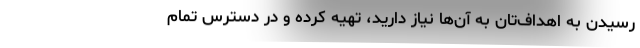
رسیدن به اهداف‌تان به آن‌ها نیاز دارید، تهیه کرده و در دسترس تمام